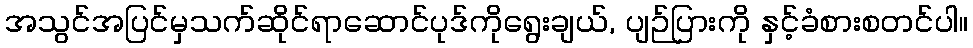
အသွင်အပြင်မှသက်ဆိုင်ရာဆောင်ပုဒ်ကိုရွေးချယ်, ပျဉ်ပြားကို နှင့်ခံစားစတင်ပါ။